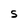
Character: s